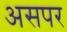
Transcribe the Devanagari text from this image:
असपर